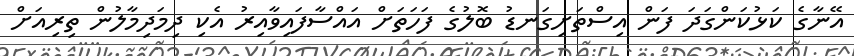
އޭނާގެ ކަޅުކަންގަދަ ފަން އިސްތަށިގަނޑު ބޮލުގެ ފަހަތަށް އައްސާފައިވާއިރު އެކި ދިމަދިމާލުން ތިރިއަށް